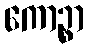
ကောဉ္စာ